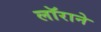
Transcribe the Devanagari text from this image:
लॉराने